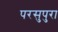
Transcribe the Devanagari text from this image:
परसुपुरा